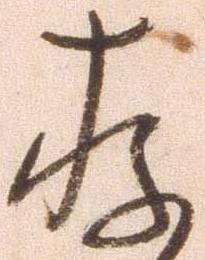
存